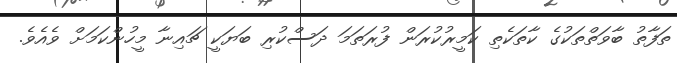
ތަފާތު ބާވަތްތަކުގެ ކާތަކެތި ކަމީރުކުރަން ފުރަތަމަ ދަސްކުރި ބަޔަކީ ޗައިނާ މީހުންކަމަށް ވެއެވެ.